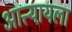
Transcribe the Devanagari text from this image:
आत्त्यायला